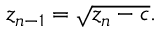
z _ { n - 1 } = { \sqrt { z _ { n } - c } } .